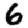
Digit: 6